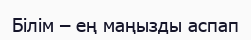
Білім – ең маңызды аспап